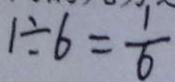
1 \div 6 = \frac { 1 } { 6 }